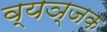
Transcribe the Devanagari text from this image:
व्यञ्जक